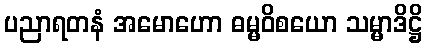
ပညာရတနံ အမောဟော ဓမ္မဝိစယော သမ္မာဒိဋ္ဌိ